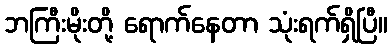
ဘကြီးမိုးတို့ ရောက်နေတာ သုံးရက်ရှိပြီ။